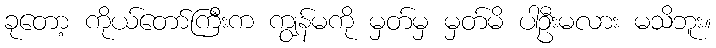
ခုတော့ ကိုယ်တော်ကြီးက ကျွန်မကို မှတ်မှ မှတ်မိ ပါဦးမလား မသိဘူး။